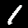
Digit: 1